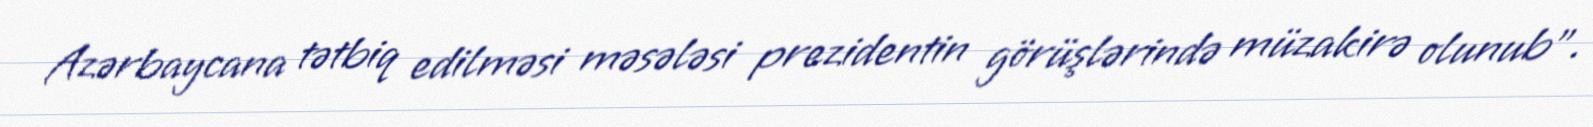
Azərbaycana tətbiq edilməsi məsələsi prezidentin görüşlərində müzakirə olunub”.